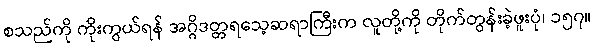
စသည်ကို ကိုးကွယ်ရန် အဂ္ဂိဒတ္တရသေ့ဆရာကြီးက လူတို့ကို တိုက်တွန်းခဲ့ဖူးပုံ၊ ၁၅၇။